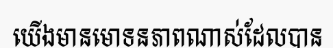
យើងមានមោទនភាពណាស់ដែលបាន